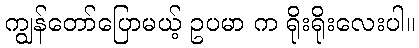
ကျွန်တော်ပြောမယ့် ဥပမာ က ရိုးရိုးလေးပါ။